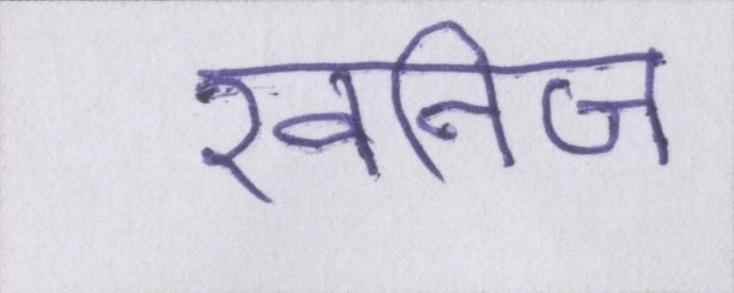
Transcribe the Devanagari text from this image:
खनिज